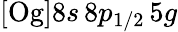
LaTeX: [\mathrm{Og}]8s\, 8p_{1/2}\, 5g